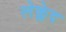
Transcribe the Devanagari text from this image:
लेक्लेद